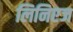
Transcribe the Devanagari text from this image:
लिनिएज